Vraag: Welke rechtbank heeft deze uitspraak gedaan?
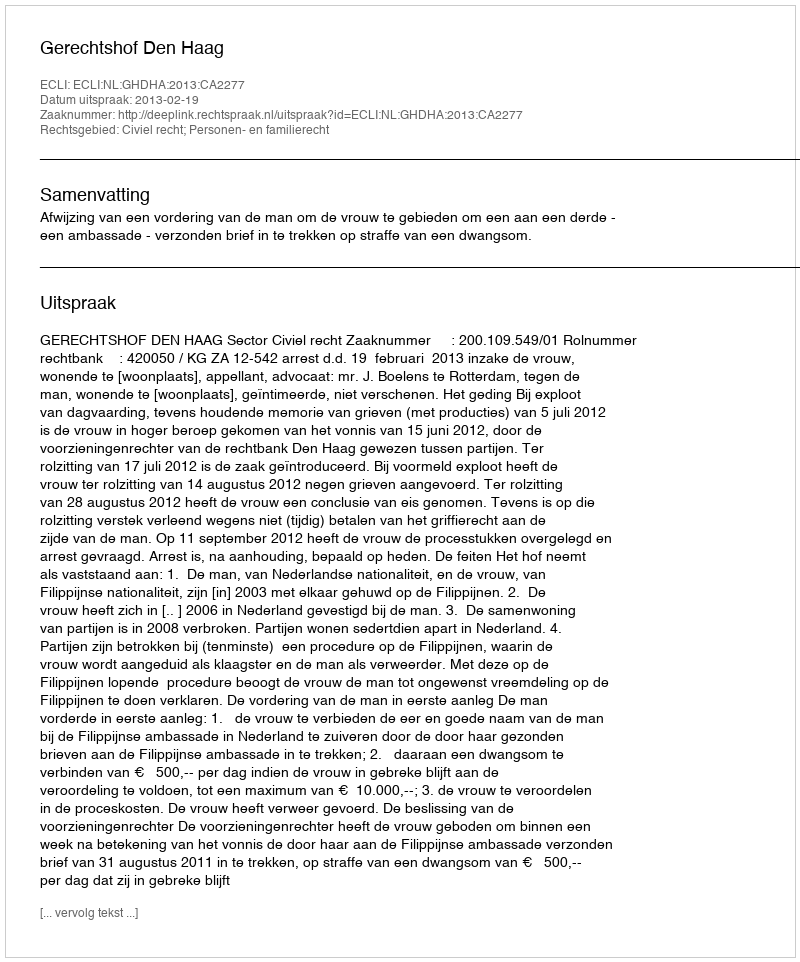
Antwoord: Gerechtshof Den Haag